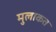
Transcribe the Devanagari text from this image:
मुलाकत